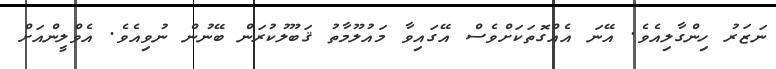
ނަޒަރު ހިިންގާލިއެވެ. އޭނަ އެއްގޮތަކަށްވެސް އޭގައިވާ މައުލޫމާތު ޤަބޫލުކުރަން ބޭނުން ނުވިއެވެ. އެވްލީންއަށް